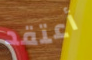
أعتقد